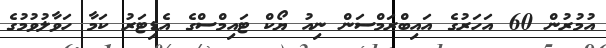
އުމުރުން 60 އަހަރުގެ އައިބްރަމްސަން ނިއު ޔޯކް ޓައިމްސްގެ އެޑިޓަރު ކަމާ ހަވާލުވުމުގެ